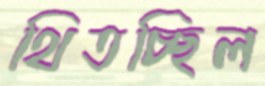
থিতচ্ছিল